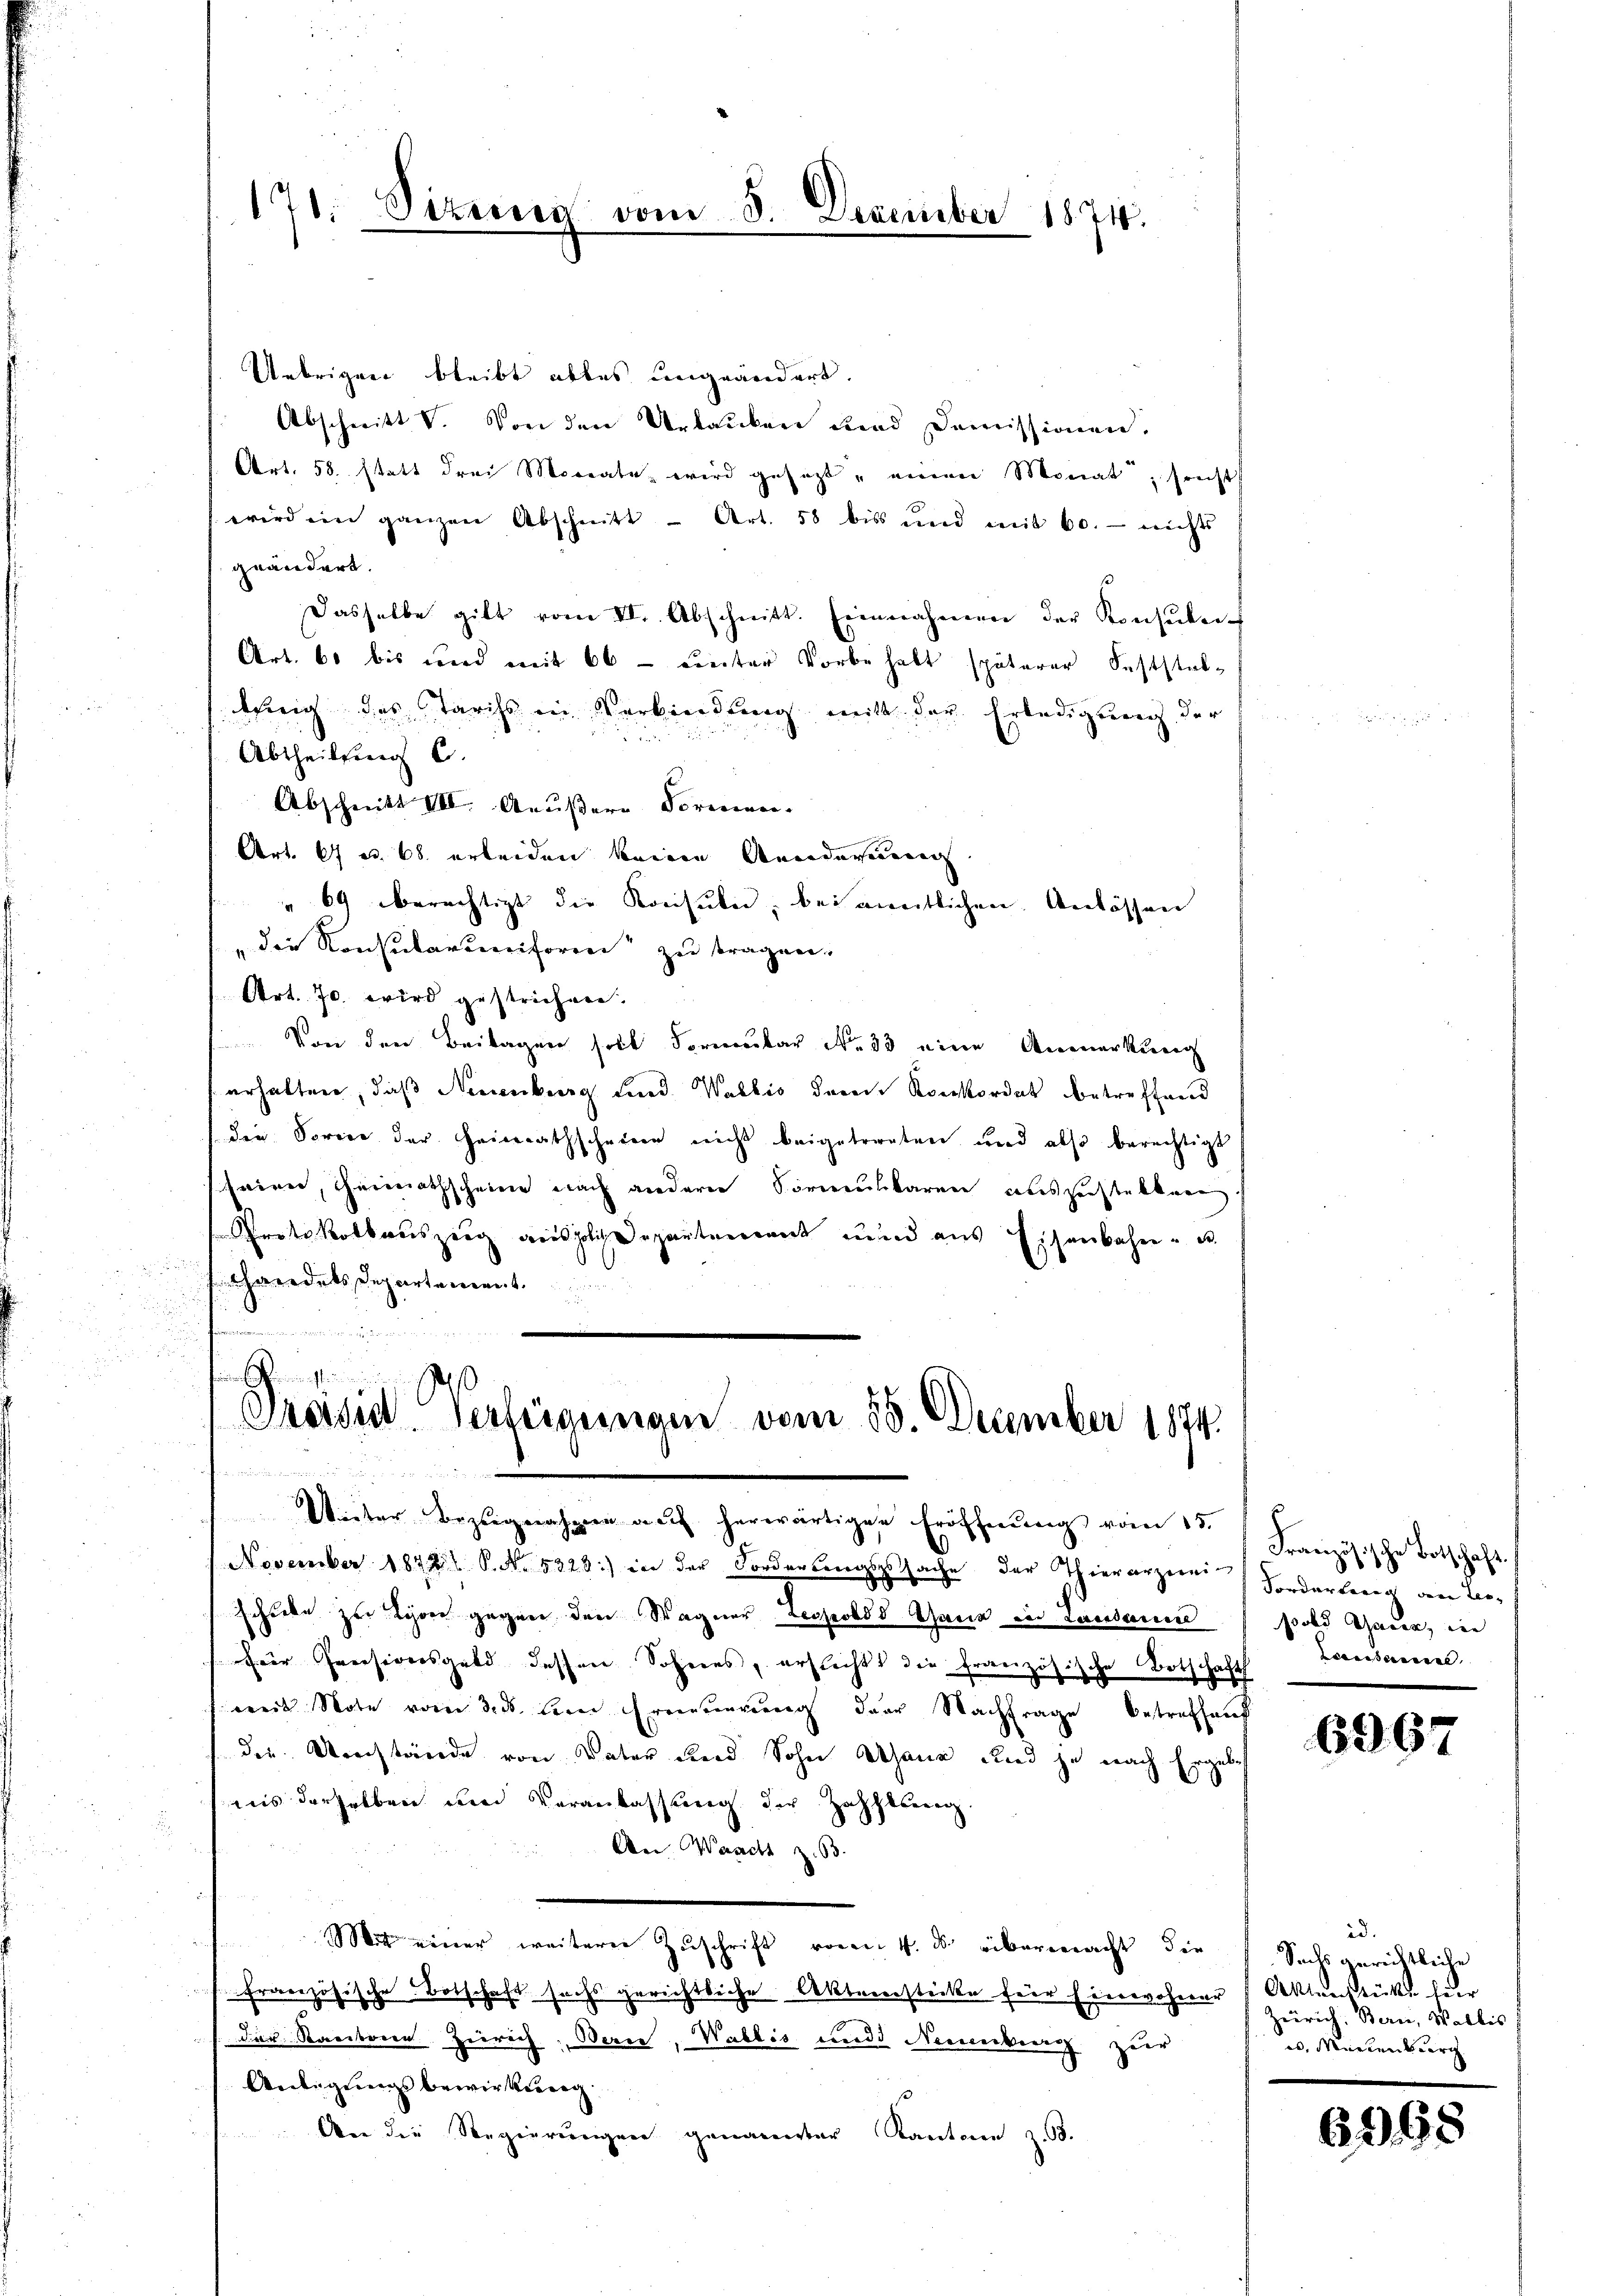
171. Vizerin vom 8. Dezember 1874.

Uebrigen bleibt ables ungeändert.
Abschnitt V. Von den Urbanken und Domissionen,
Art. 58. statt drei Monate wird gesezt einen Monat, sonst
wird ein ganzen Abschnitt - Art. 58 bis und mit 60. nichts
geändert.
Dasselbe gilt vom II. Abschnitt. Einnahmen der Konsulen
Art. 60 bis und mit 60 - unter Vorbehalt späterer Feststelthig des Tarifs in Verbindung mit der Erledigung der
d
Abtheilung C.
Abschnitt III. Aeußere Formen.
Art. 67 u. 68. erleiden keinen Annidavernung
" 69 berechtigt die Konsuln, bei anntlichen Anlassen
" die Konsularuniform zu tragen.
Art. 70. wird gestrichen.
Von den Beitragen soll Formular No 33 eine Anmerkung
erhalten, daß Neuenburg und Wallis der Konkordat betreffend
die Sorice der Heimathscheine nicht beigetrenten und also berechtigt
seien, Heimathscheine nach anderer Vormulbaren aussichtelkern.
Protokollauszeig anspolizdepartement und aus Eisenbahn und de
shandels Departement
diesen in den

Preisin Verfeigungen vom 18. December 1874.
n

Wieser Bezugnahmen auf herwärtigen Eröffnung vom 15.
November 1872 P. Nr. 5328) in der Forderungssache der Thierarznei (Forderlang den Leoschiebe zu Lyon gegen den Wagner Leopolds Ganz in Landaue
für Pensionsgeld dessen Sohnes, erflicht die französische Botschaft
weil Note vom 3. ds. eine Erneuerung der Nachfrage betreffend
die Umstände von Vater und Sohn Athane und je nach Ergeb
ais derselben und Veranlassung der Zahlung.
An Waadt z. 63.
Mit einer weiterer Zuschrift von 4. ds. übermacht die Sachs gerichtliche
französische Botschaft sechs gerichtliche Aktenstecke für Einwohner Aktenstücke hier
/ der Kantonen Zürich, Bern, Wallis und Neuenburg zur
Anlegungsbewirksrag.
An die Regierungen genannter Kantone z. B.

Französische Botschaft.
pold Gader, in
seidensel

6967

id.
zürich. Bern, Wallis
u. Mündenburg

698